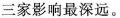
三家影响最深远